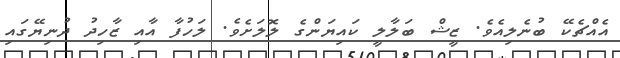
އެއްޗެކޭ ބުނެލިއެވެ. ޒީޝް ބަލާލީ ކައިޔަންގެ ލޮލަށެވެ. ލަހުފާ އާއި ޒާހިދު ދުނިޔޭގައި